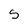
Character: S